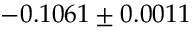
- 0 . 1 0 6 1 \pm 0 . 0 0 1 1